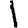
Digit: 1